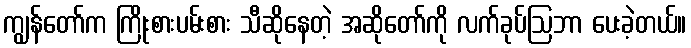
ကျွန်တော်က ကြိုးစားပမ်းစား သီဆိုနေတဲ့ အဆိုတော်ကို လက်ခုပ်ဩဘာ ပေးခဲ့တယ်။